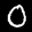
Label: 0